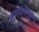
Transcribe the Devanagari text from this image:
गुणर्धममूलक